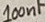
Text: 100nF